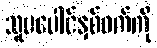
သူမပေါင်နှစ်ဖက်ကို